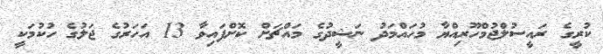
ކުރީގެ ރައީސުލްޖުމްހޫރިއްޔާ މުހައްމަދު ނަޝީދުގެ މައްޗަށް ކޮށްފައިވާ 13 އަހަރުގެ ޖަލުގެ ހުކުމަކީ